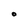
Character: O